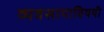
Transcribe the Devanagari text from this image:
व्यवसायाविषयी